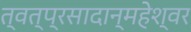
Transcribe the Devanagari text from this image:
त्वत्प्रसादान्महेश्वर